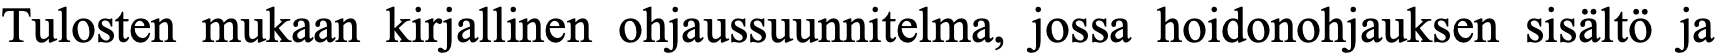
Tulosten mukaan kirjallinen ohjaussuunnitelma, jossa hoidonohjauksen sisältö ja